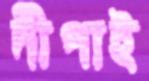
দীপাই